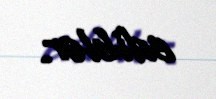
ediblər.